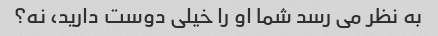
به نظر می رسد شما او را خیلی دوست دارید، نه؟